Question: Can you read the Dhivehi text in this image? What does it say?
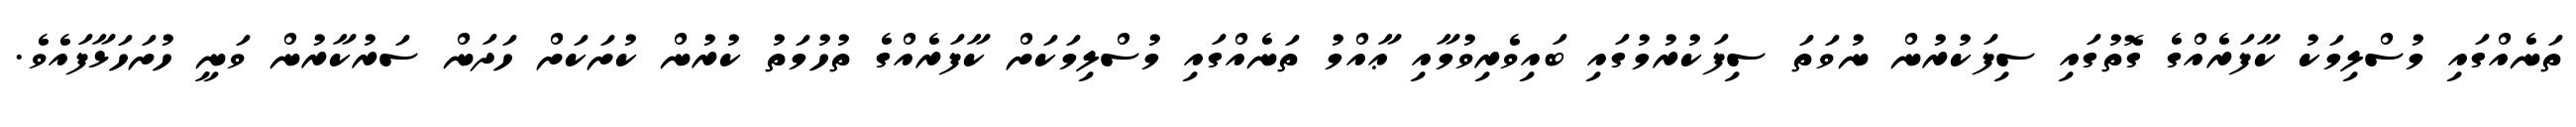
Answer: ތަނެއްގައި މުސްލިމަކު ކާފަރެއްގެ ގޮތުގައި ސިފަކުރުން ނުވަތަ ސިފަކުރުމުގައި ބައިވެރިވުމާއި ޢާއްމު ތަނެއްގައި މުސްލިމަކަށް ކާފަރެއްގެ ތުހުމަތު ކުރުން ކުށަކަށް ހަދަން ސަރުކާރުން ވަނީ ހުށަހަޅާފައެވެ.